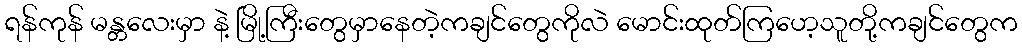
ရန်ကုန် မန္တလေးမှာ နဲ့ မြို့ကြီးတွေမှာနေတဲ့ကချင်တွေကိုလဲ မောင်းထုတ်ကြဟေ့သူတို့ကချင်တွေက